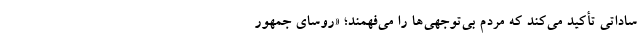
ساداتی تأکید می‌کند که مردم بی‌توجهی‌ها را می‌فهمند؛ «روسای جمهور